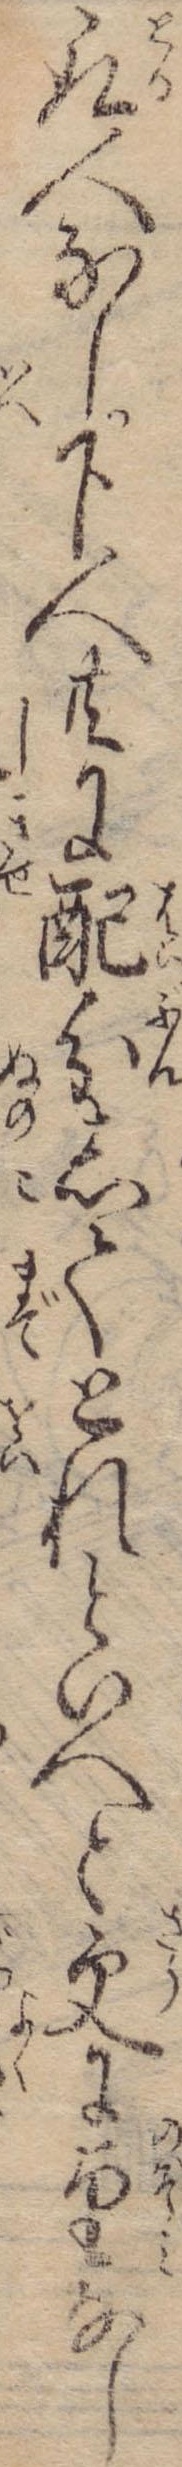
取人なし下人共に配分してとれといへと更に望なし